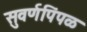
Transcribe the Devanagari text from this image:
सुवर्णपिंपळ